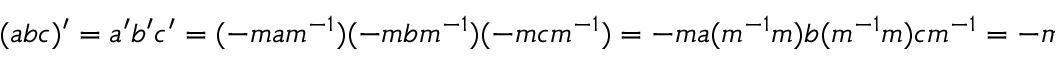
( a b c ) ^ { \prime } = a ^ { \prime } b ^ { \prime } c ^ { \prime } = ( - m a m ^ { - 1 } ) ( - m b m ^ { - 1 } ) ( - m c m ^ { - 1 } ) = - m a ( m ^ { - 1 } m ) b ( m ^ { - 1 } m ) c m ^ { - 1 } = - m a b c m ^ { - 1 }